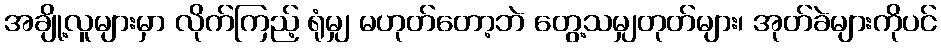
အချို့လူများမှာ လိုက်ကြည့် ရုံမျှ မဟုတ်တော့ဘဲ တွေ့သမျှတုတ်များ၊ အုတ်ခဲများကိုပင်